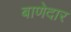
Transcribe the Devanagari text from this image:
बाणेदार